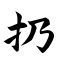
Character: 扔